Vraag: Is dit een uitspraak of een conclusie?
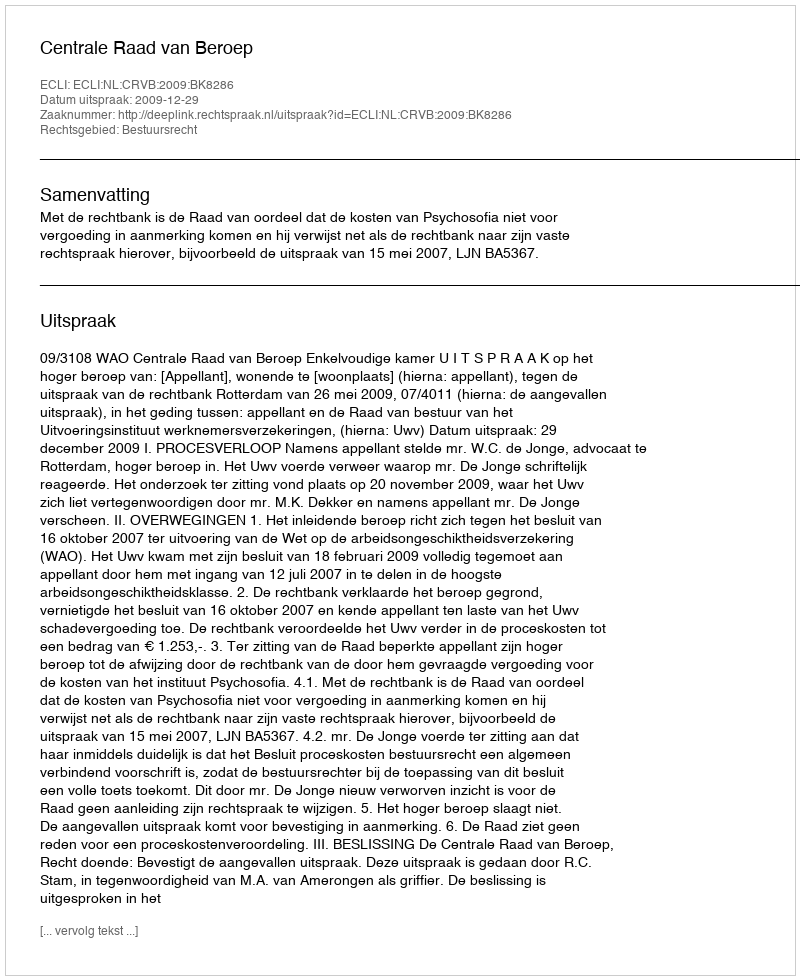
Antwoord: Uitspraak